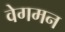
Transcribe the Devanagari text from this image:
वेगमन